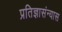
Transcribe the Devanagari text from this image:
प्रतिज्ञासंन्यास